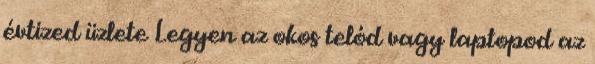
évtized üzlete Legyen az okos telód vagy laptopod az